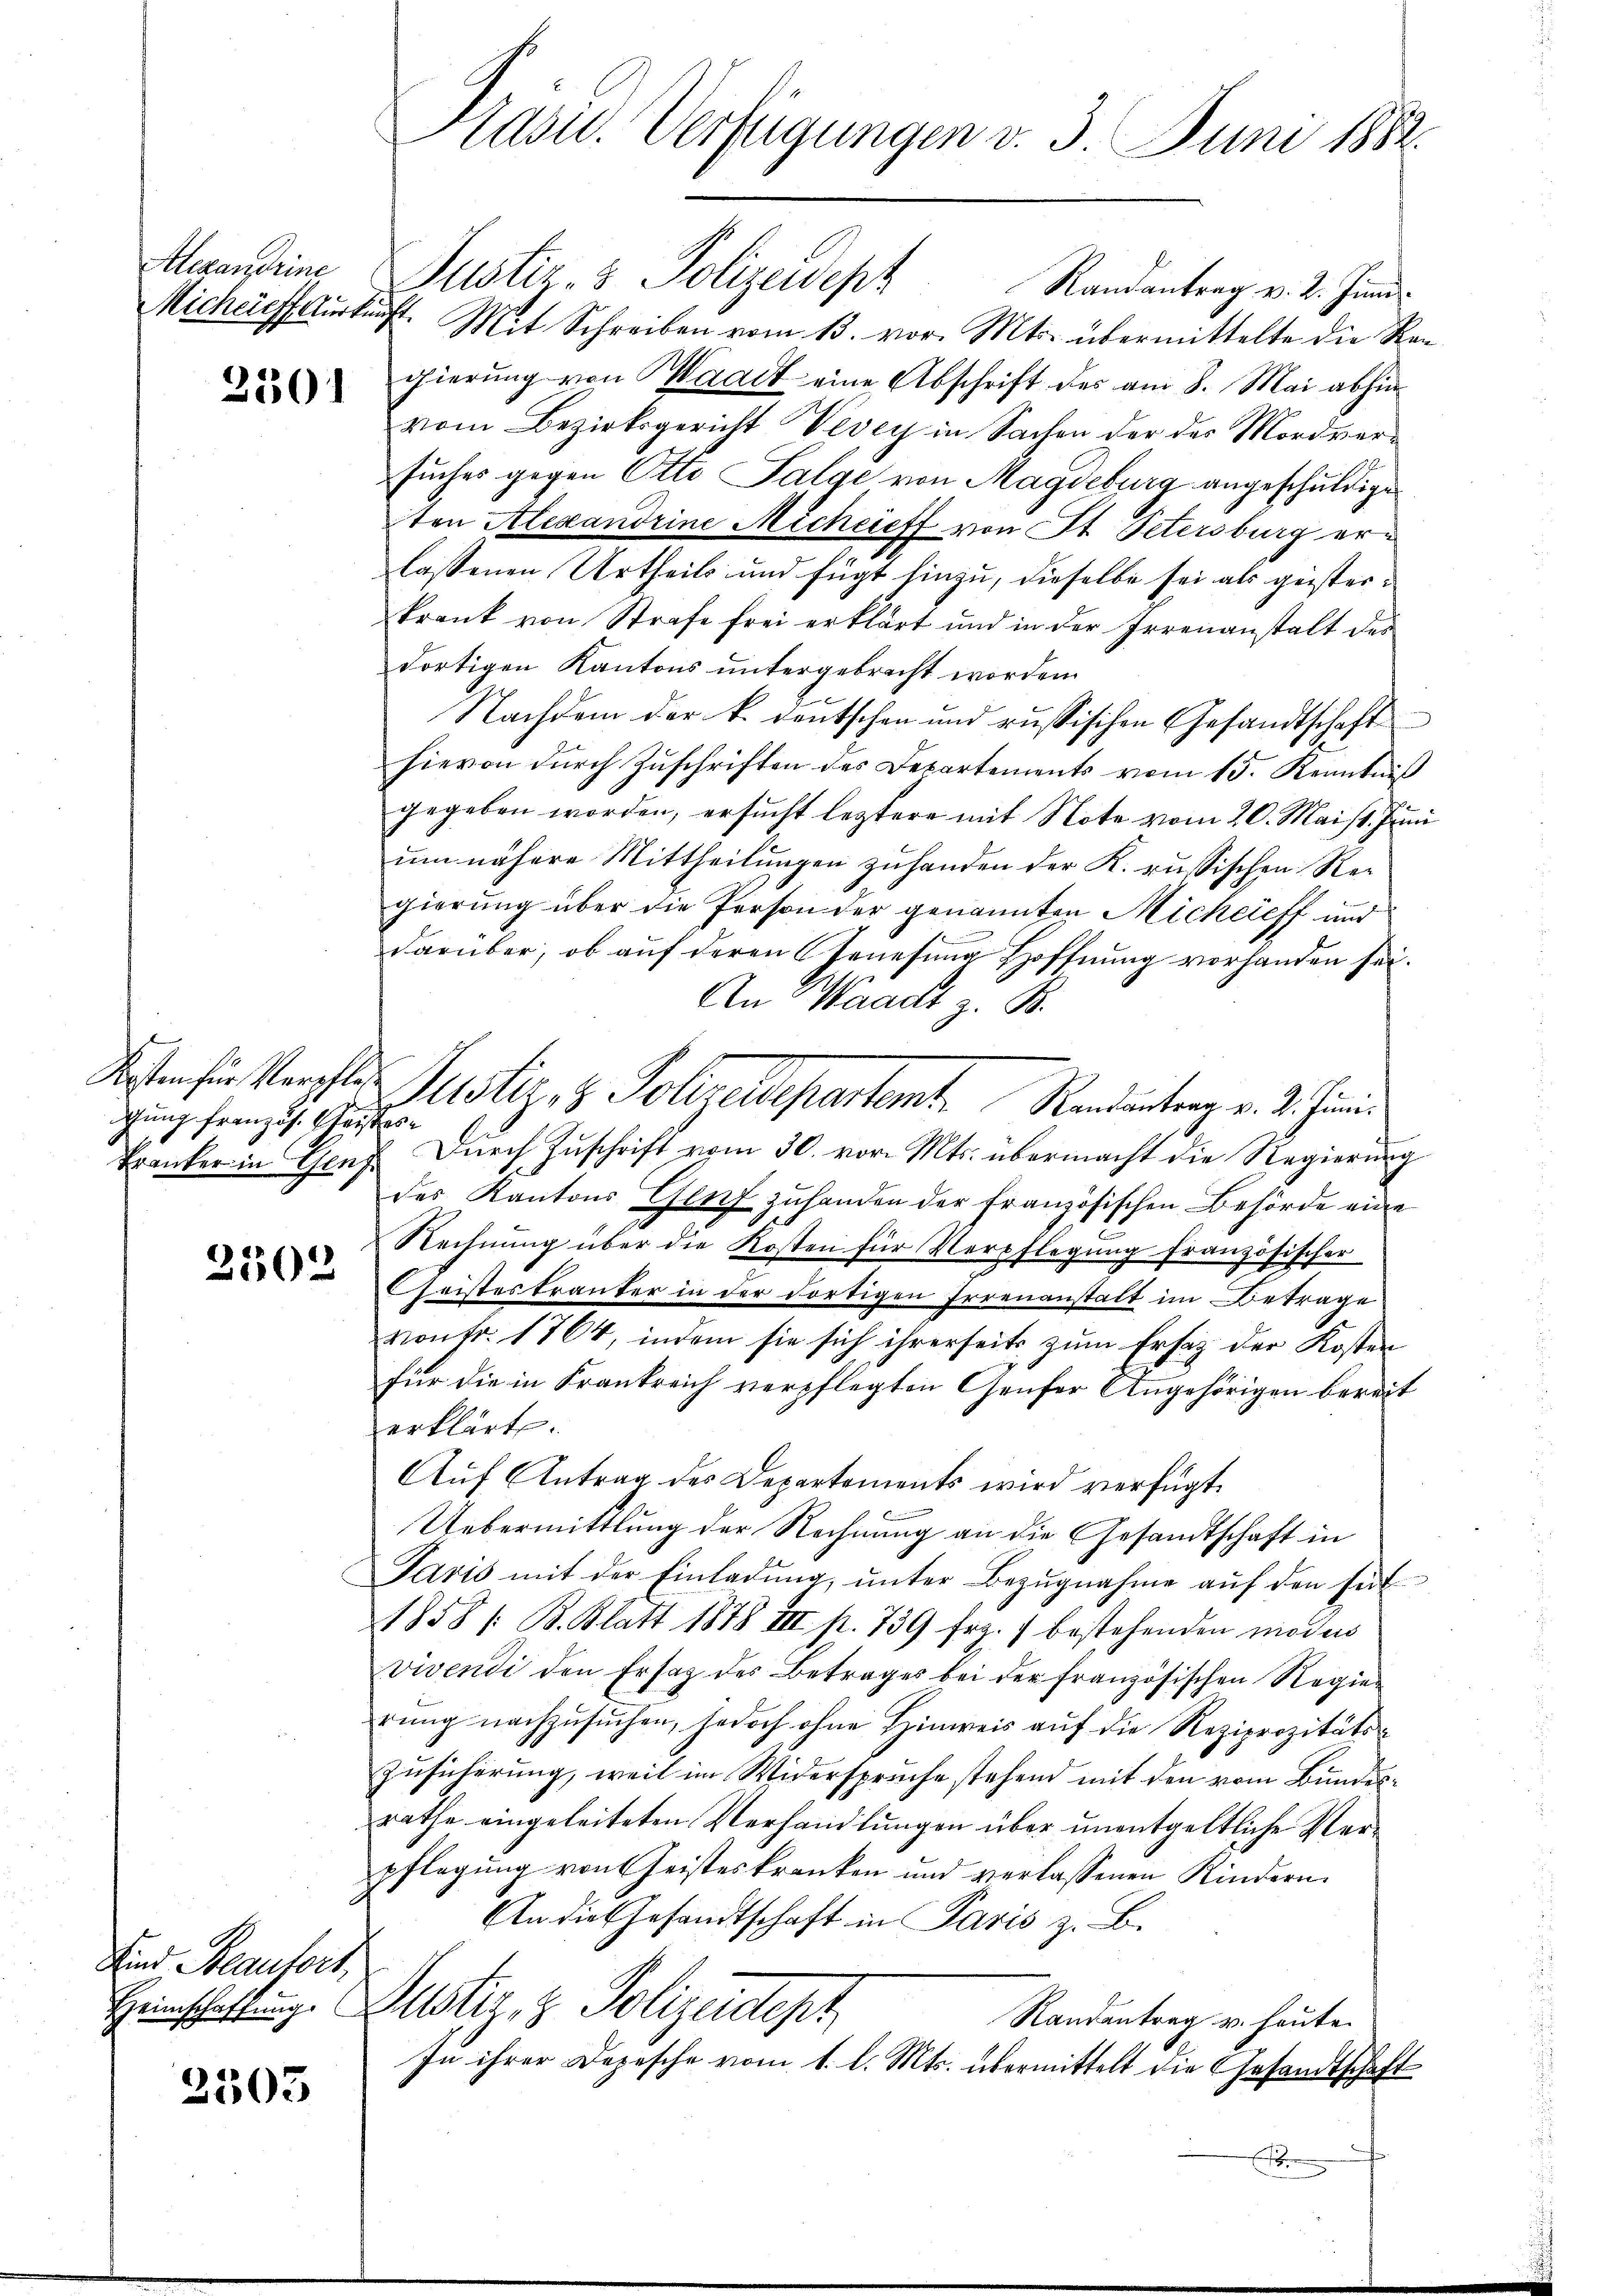
Alexandrine

3501

Kosten für Verpflegung französ. Geis

2503

sind Brautert,
Heimschaffung

2503

Präsid. Verfügungen v. 3. Juni 1882.

Michaeftsurkunft. Mit Schreiben vom 13. vor. Mts. übermittelte die Ren
gierung von Waadt eine Abschrift des am 8. Mai abhinvom Bezirksgericht Vevey in Sachen der des Mordversuches gegen Otto Talge von Magdeburg angeschuldige
ten Alexandrine Michcieff von St. Petersburg erlassenen Urtheils und fügt hinzu, dieselbe sei als geisterkrank von Strafe frei erklärt und in der Irrenanstalt des
dortigen Kantons untergebracht worden.
Nachdem der k. deutschen und russischen Gesandtschaft
hievon durch Zuschriften des Departements vom 15. Kenntniß
gegeben worden, ersucht leztere mit Note vom 20. Maist. Juni
um nähere Mittheilungen zuhanden der K. russischen Regierung über die Person der genannten Michcieff und
darüber, ob auf deren Genesung Hoffnung vorhanden sei.
An Waadt z. B.
Res
Tranker in Genf dŭrch Zŭschrift vom 30. vor. Mts. übermacht die Regierŭng
des Kantons Genf zuhanden der französischen Behörde eine
Rechnung über die Kosten für Verpflegung französischer
Geistes tranter in der dortigen Irrenanstalt im Betrage
vontr. 1704, indem sie sich ihrerseits zum Ersatz der Kosten
für die in Frankreich verpflegten Genfer Angehörigen bereit
erklärt.
Aŭf Antrag des Departements wird verfügt
Uebermittlung der Rechnung an die Gesandtschaft in
Paris mit der Einladŭng ŭnter Bezŭgnahme aŭf den seit
1858 / B. Blatt 1878 III p. 739 frz. 1 bestehenden modes
vivendi den Ersatz des Betrages bei der französischen Regierung nachzusuchen, jedoch ohne Hinweis auf die Reziprozitäts¬
Zusicherung, weil im Widerspreche stehend mit den vom Bundesrathe eingeleiteten Verhandlungen über unentgeltliche Verpflegung von Geisteskranken und verlassenen Kindern.
An die Gesandtschaft in Paris z. B.
Justiz & Polizeidept
Randantrag u. heute.
In ihrer Depesche vom 1. l. Mts. übermittelt die Gesandtschaft
x

Justiz- & Polizeidept. Randantrag v. 2. Juni

Justiz- & Polizeidepartemt. Randantrag v. Schind